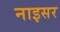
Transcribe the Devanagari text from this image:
नाइसर